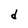
Character: d